system: You are a helpful assistant.
user:
Analyze the provided spectrum to determine if it is a **White Dwarf (WD)**.

A White Dwarf spectrum is defined by its **extreme purity** (due to gravitational settling) and/or **extreme pressure broadening** (due to high surface gravity). You must check for one of the following mutually exclusive signatures:

- **Key Visual Indicators (Check for ONE of these types):**

    - **1. DA-Type Signature (Most Common):**
        - **(Primary Feature):** Extreme pressure broadening (Stark broadening) of the **Hydrogen (H) Balmer lines**.
        - **(Key Lines):** $H\beta$ (approx. $4861$ Å) and $H\gamma$ (approx. $4340$ Å). $H\alpha$ (approx. $6563$ Å) will also be present if the wavelength range covers it.
        - **(Line Profile):** This is the **defining feature**. The lines are **NOT** sharp. They appear as massive, **extremely broad and deep "troughs" or "dips"** in the spectrum, often hundreds of Ångströms wide. The continuum will appear to "scoop" down at these wavelengths.
        - **(Distinction):** Normal A-type or B-type stars have *narrow* and *sharp* Hydrogen lines. A DA White Dwarf's lines are unmistakably "smeared" or "blurry" from pressure.

    - **2. DB-Type Signature:**
        - **(Primary Feature):** Broad absorption lines from **Neutral Helium (He I)**. The spectrum must lack any visible Hydrogen lines.
        - **(Key Lines):** Look for broad absorption near $4471$ Å, $4921$ Å, and $5876$ Å.
        - **(Line Profile):** These lines are also significantly pressure-broadened, appearing much wider than they would in a normal B-type main-sequence star.

    - **3. DC-Type Signature:**
        - **(Primary Feature):** A **featureless continuous spectrum**.
        - **(Line Profile):** The spectrum is a smooth curve with **no significant absorption or emission lines**.
        - **(Key Confirmation):** The continuum is almost always **blue or white**, indicating a hot object. This signature implies the atmosphere is so pure (or so cool) that no spectral lines are visible in the optical range. Its WD identity is confirmed by its extremely low intrinsic brightness (high absolute magnitude).

    - **4. DZ-Type Signature (Metal-Polluted):**
        - **(Primary Feature):** **Isolated, narrow metal absorption lines** on an otherwise featureless (DC-like) continuum.
        - **(Key Lines):** The **Calcium (Ca II) H & K doublet** (approx. **$3934$ Å** and **$3968$ Å**) is the most common and defining feature.
        - **(Line Profile):** These lines are "out of place." They are *not* part of a "forest" of thousands of lines. This signature is evidence of recent *accretion* (pollution) from rocky debris.
        - **(Distinction):** Normal G/K/M stars have a *dense forest* of thousands of metal lines. A DZ has a *clean* continuum with *only a few* strong metal lines.

    - **5. DQ-Type Signature (Carbon-Polluted):**
        - **(Primary Feature):** Absorption bands from **Carbon (C₂ "Swan Bands" or atomic C I)**.
        - **(Key Lines - C₂):** Look for bandheads with a "saw-tooth" shape near $5635$ Å, **$5165$ Å** (strongest), and $4737$ Å.
        - **(Key Confirmation):** The underlying **continuum must be blue or white** (hot).
        - **(Distinction):** This is the critical difference from a **Carbon Star**, which has the *exact same* C₂ bands but on an extremely **red, cool** continuum.

- **(Overall Spectrum):**
    - The continuum (overall shape) is typically **blue-sloping** (brighter in the blue than the red), as most white dwarfs are very hot.
    - The spectrum will look "pure" or "simple," dominated by only *one* of the five signatures listed above.

Think first, call **spectral_visualization_tool** if needed to examine features in detail, then provide your final answer. Your response must adhere to the following strict rules:
1.  **Overall Structure:** Your response must follow the format `<think>...</think> <tool_call>...</tool_call> (if a tool is used) <answer>...</answer>`.
2.  **Tool Usage Constraint:** You may only make **one** tool call per turn.
3.  **Final Answer Format:** In the `<answer>` tag, your conclusion must be inside a `\boxed{}` command (e.g., `\boxed{YES}` or `\boxed{NO}`), followed by your justification.

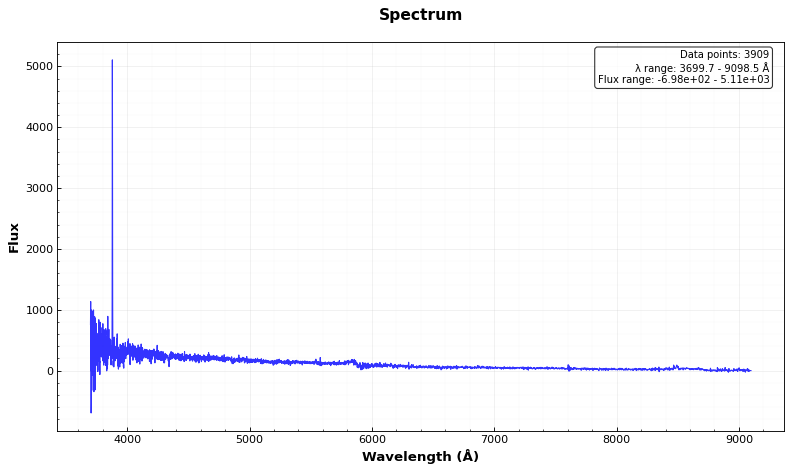
Answer: NO